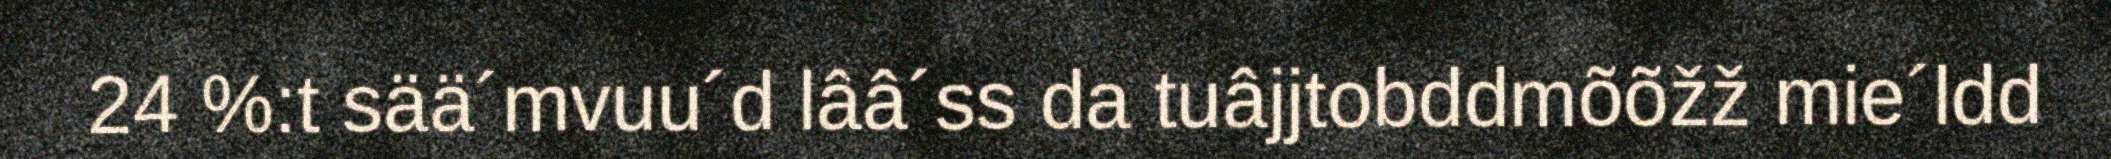
24 %:t sää´mvuu´d lââ´ss da tuâjjtobddmõõžž mie´ldd